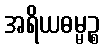
အရိယဓမ္မဉ္စ